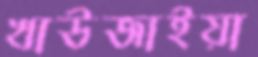
খাউজাইয়া